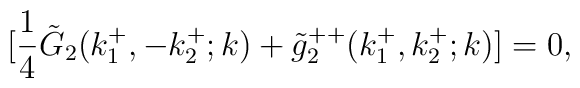
[{1 \over 4} \tilde{G}_2 (k^+_1,-k^+_2 ; k) + \tilde{g}^{++}_2(k^+_1, k^+_2 ; k)] = 0,